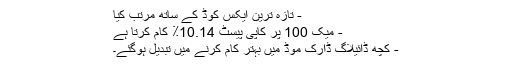
- تازہ ترین ایکس کوڈ کے ساتھ مرتب کیا
- میک 100 پر کاپی پیسٹ 10.14٪ کام کرتا ہے
- کچھ ڈائیلاگ ڈارک موڈ میں بہتر کام کرنے میں تبدیل ہوگئے۔